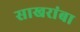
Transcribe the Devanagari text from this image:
साखरांबा